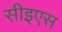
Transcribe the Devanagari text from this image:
सीइएस